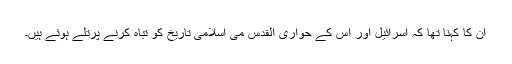
ان کا کہنا تھا کہ اسرائیل اور اس کے حواری القدس می اسلامی تاریخ کو تباہ کرنے پرتلے ہوئے ہیں۔